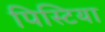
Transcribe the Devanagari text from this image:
पिस्टिया